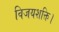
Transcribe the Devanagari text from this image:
विजयशक्ति।